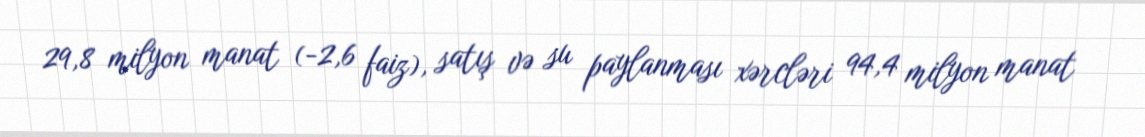
29,8 milyon manat (-2,6 faiz), satış və su paylanması xərcləri 94,4 milyon manat